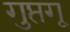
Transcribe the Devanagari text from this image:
गुप्तगू